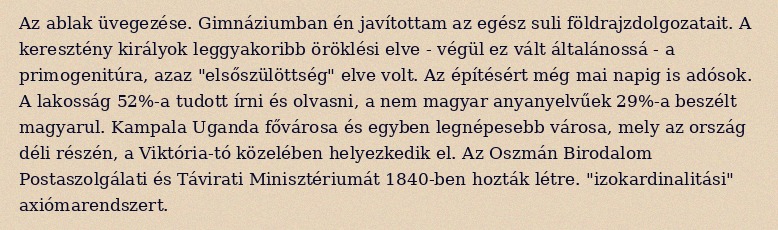
Az ablak üvegezése. Gimnáziumban én javítottam az egész suli földrajzdolgozatait. A keresztény királyok leggyakoribb öröklési elve - végül ez vált általánossá - a primogenitúra, azaz "elsőszülöttség" elve volt. Az építésért még mai napig is adósok. A lakosság 52%-a tudott írni és olvasni, a nem magyar anyanyelvűek 29%-a beszélt magyarul. Kampala Uganda fővárosa és egyben legnépesebb városa, mely az ország déli részén, a Viktória-tó közelében helyezkedik el. Az Oszmán Birodalom Postaszolgálati és Távirati Minisztériumát 1840-ben hozták létre. "izokardinalitási" axiómarendszert.